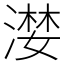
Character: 漤